Annual administration report of the Civil Veterinary Department of India - 1898-1899
Year: 1898
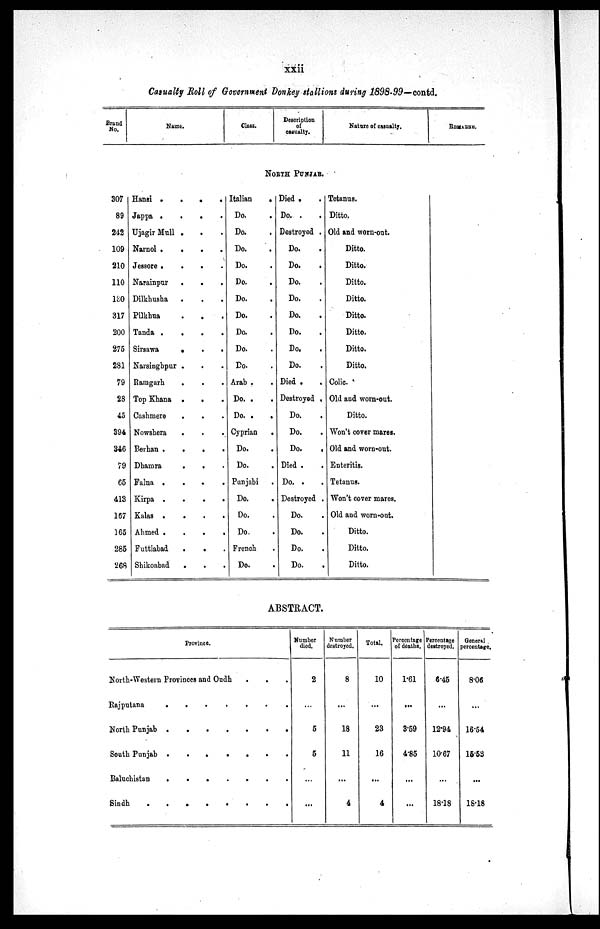
xxii
Casualty Roll of Government Donkey stallions during 1898-99—contd.
Brand
No.
Name.
Class.
Description
of
casualty.
Nature of casualty.
REMARKS.
NORTH PUNJAB.
307
89
242
109
210
110
180
317
200
275
281
79
28
45
394
346
79
65
413
167
165
285
268
Hansi
.
.
.
.
Jappa .
.
. .
Ujagir Mull .
.
.
Narnol .
Jessore .
.
.
.
Narainpur
.
.
.
Dilkhusha . . .
Pilkhua
.
.
.
Tanda .
.
.
Sirsawa
.
.
.
Narsinghpur
.
.
.
Ramgarh
.
.
.
Top Khana .
.
.
Cashmere
.
.
.
Nowshera
.
.
.
Berhan .
.
.
.
Dhamra
.
.
.
Falna .
.
.
.
Kirpa .
.
.
.
Kalas .
.
.
.
Ahmed .
.
.
.
Futtiabad
.
.
.
Shikoabad
.
.
.
Italian
.
Do. .
Do. .
Do. .
Do. .
Do. .
Do. .
Do. .
Do. .
Do. .
Do. .
Arab . .
Do. .
Do. .
Cyprian
.
Do. .
Do. .
Punjabi .
Do. .
Do. .
Do. .
French .
Do. .
Died . .
Do. .
Destroyed .
Do. .
Do. .
Do. .
Do. .
Do. .
Do. .
Do. .
Do. .
Died . .
Destroyed .
Do. .
Do. .
Do. .
Died .
Do. . .
Destroyed .
Do. .
Do. .
Do. .
Do. .
Tetanus.
Ditto.
Old and worn-out.
Ditto.
Ditto.
Ditto.
Ditto.
Ditto.
Ditto.
Ditto.
Ditto.
Colic.
Old and worn-out.
Ditto.
Won't cover mares.
Old and worn-out.
Enteritis.
Tetanus.
Won't cover mares.
Old and worn-out.
Ditto.
Ditto.
Ditto.
ABSTRACT.
Province.
North-Western Provinces and Oudh
.
.
.
Rajputana
.
.
.
.
.
.
.
North Punjab
.
.
.
.
.
.
.
South Punjab
.
.
.
.
.
.
.
Baluchistan . . . . . . .
Sindh
.
.
.
.
.
.
.
.
.
Number
died.
2
...
5
5
...
...
Number
destroyed.
8
...
18
11
...
4
Total.
10
...
23
16
...
4
Percentage
of deaths.
1.61
...
3.59
4.85
...
...
Percentage
destroyed.
6.45
...
12.94
10.67
...
18.18
General
percentage.
8.06
...
16.54
15.58
...
18.18